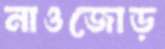
নাওজোড়